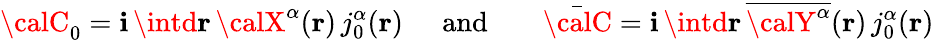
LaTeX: {\calC}_{0}=\mathbf{i}\, \intd{\mathbf{{r}}}\, {\textstyle{\calX}^{\alpha}}({\mathbf{r}})\, j_{0}^{\alpha}({\mathbf{r}})\; \; \; \; \; \mathrm{{and}}\; \; \; \; \; \; \; {\bar{{\calC}}}=\mathbf{i}\, \intd{\mathbf{{r}}}\, \overline{{{{{\calY}^{\alpha}}}}}({\mathbf{r}})\, j_{0}^{\alpha}({\mathbf{r}})